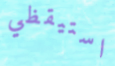
استيقظي